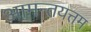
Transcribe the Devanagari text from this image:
आमन्तयत्तम